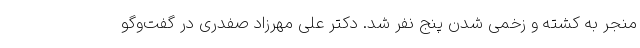
منجر به کشته و زخمی شدن پنج نفر شد. دکتر علی مهرزاد صفدری در گفت‌وگو